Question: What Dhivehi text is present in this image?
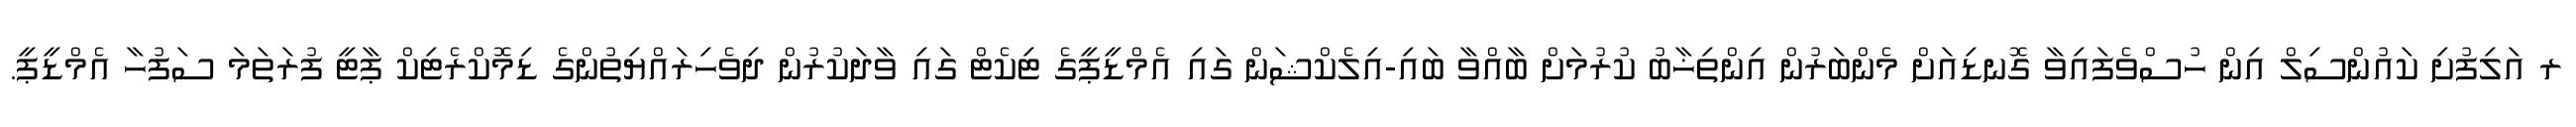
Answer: ރ އަލިފުށި ކައުންސިލް އިން ހުސްވެފައިވާ ގޮނޑިއަށް މެންބަރުން އިންތިޚާބު ކުރުމަށް ބާއްވާ ބައި-އިލެކްޝަން ގައި އެމްޑީޕީގެ ޓިކެޓް ގައި ވާދަކުރުން ދިވެހިރައްޔިތުންގެ ޑިމޮކްރެޓިކް ޕާޓީ ފުރަތަމަ ސަފުހާ އެމްޑީޕީ.